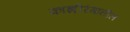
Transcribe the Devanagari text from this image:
काझ़ीरंगातील